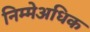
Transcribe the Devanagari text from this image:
निम्मेअधिक